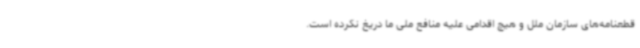
قطعنامه‌های سازمان ملل و هیچ اقدامی علیه منافع ملی ما دریغ نکرده است.